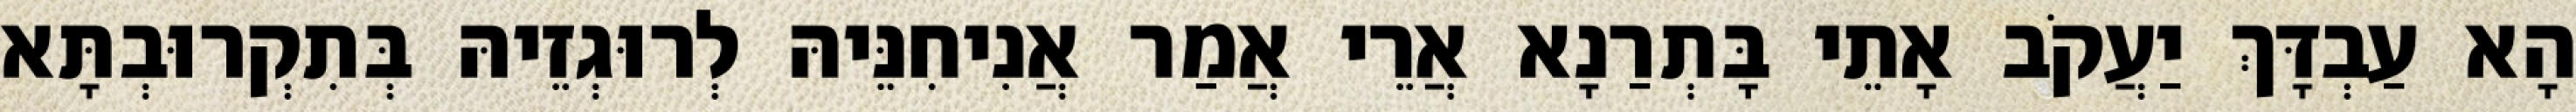
הָא עַבְדָּךְ יַעֲקֹב אָתֵי בָּתְרַנָא אֲרֵי אֲמַר אֲנִיחִנֵּיהּ לְרוּגְזֵיהּ בְּתִקְרוּבְתָּא